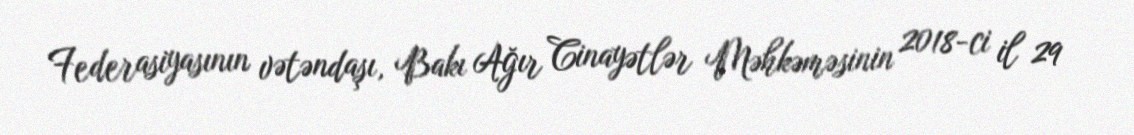
Federasiyasının vətəndaşı, Bakı Ağır Cinayətlər Məhkəməsinin 2018-ci il 29